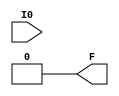
module LUT1(output F, input I0);
	parameter [1:0] INIT = 0;
	assign F = I0 ? INIT[1] : INIT[0];
endmodule

module LUT2(output F, input I0, I1);
	parameter [3:0] INIT = 0;
	wire [ 1: 0] s1 = I1 ? INIT[ 3: 2] : INIT[ 1: 0];
	assign F = I0 ? s1[1] : s1[0];
endmodule

module LUT3(output F, input I0, I1, I2);
	parameter [7:0] INIT = 0;
	wire [ 3: 0] s2 = I2 ? INIT[ 7: 4] : INIT[ 3: 0];
	wire [ 1: 0] s1 = I1 ?   s2[ 3: 2] :   s2[ 1: 0];
	assign F = I0 ? s1[1] : s1[0];
endmodule

module LUT4(output F, input I0, I1, I2, I3);
	parameter [15:0] INIT = 0;
	wire [ 7: 0] s3 = I3 ? INIT[15: 8] : INIT[ 7: 0];
	wire [ 3: 0] s2 = I2 ?   s3[ 7: 4] :   s3[ 3: 0];
	wire [ 1: 0] s1 = I1 ?   s2[ 3: 2] :   s2[ 1: 0];
	assign F = I0 ? s1[1] : s1[0];
endmodule

module DFF (output reg Q, input CLK, D);
	parameter [0:0] INIT = 1'b0;
	initial Q = INIT;
	always @(posedge CLK)
		Q <= D;
endmodule

module DFFN (output reg Q, input CLK, D);
	parameter [0:0] INIT = 1'b0;
	initial Q = INIT;
	always @(negedge CLK)
		Q <= D;
endmodule

module DFFR (output reg Q, input D, CLK, RESET);
	parameter [0:0] INIT = 1'b0;
	initial Q = INIT;
	always @(posedge CLK) begin
        if (RESET)
                Q <= 1'b0;
        else
                Q <= D;
	end
endmodule // DFFR (positive clock edge; synchronous reset)

module VCC(output V);
	assign V = 1;
endmodule

module GND(output G);
	assign G = 0;
endmodule

module IBUF(output O, input I);
	assign O = I;
endmodule

module OBUF(output O, input I);
	assign O = I;
endmodule

module GSR (input GSRI);
	wire GSRO = GSRI;
endmodule

module ALU (input I0, input I1, input I3, input CIN, output COUT, output SUM);
   parameter [3:0] ALU_MODE = 0; // default 0 = ADD
   assign  {COUT, SUM} = CIN + I1 + I0;
endmodule // alu

module RAM16S4 (DO, DI, AD, WRE, CLK);
   parameter WIDTH  = 4;
   parameter INIT_0 = 16'h0000;
   parameter INIT_1 = 16'h0000;
   parameter INIT_2 = 16'h0000;
   parameter INIT_3 = 16'h0000;
   
   input  [WIDTH-1:0] AD;
   input  [WIDTH-1:0] DI;
   output [WIDTH-1:0] DO;
   input 	      CLK;
   input 	      WRE;

   reg [15:0] 	    mem0, mem1, mem2, mem3;
   
   initial begin
      mem0 = INIT_0;
      mem1 = INIT_1;
      mem2 = INIT_2;
      mem3 = INIT_3;	
   end
   
   assign	DO[0] = mem0[AD];
   assign	DO[1] = mem1[AD];
   assign	DO[2] = mem2[AD];
   assign	DO[3] = mem3[AD];
   
   always @(posedge CLK) begin
      if (WRE) begin
	 mem0[AD] <= DI[0];
	 mem1[AD] <= DI[1];
	 mem2[AD] <= DI[2];
	 mem3[AD] <= DI[3];
      end
   end
   
endmodule // RAM16S4


(* blackbox *)
module SDP (DO, DI, BLKSEL, ADA, ADB, WREA, WREB, CLKA, CLKB, CEA, CEB, OCE, RESETA, RESETB);
//1'b0: Bypass mode; 1'b1 Pipeline mode
parameter READ_MODE = 1'b0;
parameter BIT_WIDTH_0 = 32; // 1, 2, 4, 8, 16, 32
parameter BIT_WIDTH_1 = 32; // 1, 2, 4, 8, 16, 32
parameter BLK_SEL = 3'b000;
parameter RESET_MODE = "SYNC";
parameter INIT_RAM_00 = 256'h0000000000000000000000000000000000000000000000000000000000000000;
parameter INIT_RAM_01 = 256'h0000000000000000000000000000000000000000000000000000000000000000;
parameter INIT_RAM_02 = 256'h0000000000000000000000000000000000000000000000000000000000000000;
parameter INIT_RAM_03 = 256'h0000000000000000000000000000000000000000000000000000000000000000;
parameter INIT_RAM_04 = 256'h0000000000000000000000000000000000000000000000000000000000000000;
parameter INIT_RAM_05 = 256'h0000000000000000000000000000000000000000000000000000000000000000;
parameter INIT_RAM_06 = 256'h0000000000000000000000000000000000000000000000000000000000000000;
parameter INIT_RAM_07 = 256'h0000000000000000000000000000000000000000000000000000000000000000;
parameter INIT_RAM_08 = 256'h0000000000000000000000000000000000000000000000000000000000000000;
parameter INIT_RAM_09 = 256'h0000000000000000000000000000000000000000000000000000000000000000;
parameter INIT_RAM_0A = 256'h0000000000000000000000000000000000000000000000000000000000000000;
parameter INIT_RAM_0B = 256'h0000000000000000000000000000000000000000000000000000000000000000;
parameter INIT_RAM_0C = 256'h0000000000000000000000000000000000000000000000000000000000000000;
parameter INIT_RAM_0D = 256'h0000000000000000000000000000000000000000000000000000000000000000;
parameter INIT_RAM_0E = 256'h0000000000000000000000000000000000000000000000000000000000000000;
parameter INIT_RAM_0F = 256'h0000000000000000000000000000000000000000000000000000000000000000;
parameter INIT_RAM_10 = 256'h0000000000000000000000000000000000000000000000000000000000000000;
parameter INIT_RAM_11 = 256'h0000000000000000000000000000000000000000000000000000000000000000;
parameter INIT_RAM_12 = 256'h0000000000000000000000000000000000000000000000000000000000000000;
parameter INIT_RAM_13 = 256'h0000000000000000000000000000000000000000000000000000000000000000;
parameter INIT_RAM_14 = 256'h0000000000000000000000000000000000000000000000000000000000000000;
parameter INIT_RAM_15 = 256'h0000000000000000000000000000000000000000000000000000000000000000;
parameter INIT_RAM_16 = 256'h0000000000000000000000000000000000000000000000000000000000000000;
parameter INIT_RAM_17 = 256'h0000000000000000000000000000000000000000000000000000000000000000;
parameter INIT_RAM_18 = 256'h0000000000000000000000000000000000000000000000000000000000000000;
parameter INIT_RAM_19 = 256'h0000000000000000000000000000000000000000000000000000000000000000;
parameter INIT_RAM_1A = 256'h0000000000000000000000000000000000000000000000000000000000000000;
parameter INIT_RAM_1B = 256'h0000000000000000000000000000000000000000000000000000000000000000;
parameter INIT_RAM_1C = 256'h0000000000000000000000000000000000000000000000000000000000000000;
parameter INIT_RAM_1D = 256'h0000000000000000000000000000000000000000000000000000000000000000;
parameter INIT_RAM_1E = 256'h0000000000000000000000000000000000000000000000000000000000000000;
parameter INIT_RAM_1F = 256'h0000000000000000000000000000000000000000000000000000000000000000;
parameter INIT_RAM_20 = 256'h0000000000000000000000000000000000000000000000000000000000000000;
parameter INIT_RAM_21 = 256'h0000000000000000000000000000000000000000000000000000000000000000;
parameter INIT_RAM_22 = 256'h0000000000000000000000000000000000000000000000000000000000000000;
parameter INIT_RAM_23 = 256'h0000000000000000000000000000000000000000000000000000000000000000;
parameter INIT_RAM_24 = 256'h0000000000000000000000000000000000000000000000000000000000000000;
parameter INIT_RAM_25 = 256'h0000000000000000000000000000000000000000000000000000000000000000;
parameter INIT_RAM_26 = 256'h0000000000000000000000000000000000000000000000000000000000000000;
parameter INIT_RAM_27 = 256'h0000000000000000000000000000000000000000000000000000000000000000;
parameter INIT_RAM_28 = 256'h0000000000000000000000000000000000000000000000000000000000000000;
parameter INIT_RAM_29 = 256'h0000000000000000000000000000000000000000000000000000000000000000;
parameter INIT_RAM_2A = 256'h0000000000000000000000000000000000000000000000000000000000000000;
parameter INIT_RAM_2B = 256'h0000000000000000000000000000000000000000000000000000000000000000;
parameter INIT_RAM_2C = 256'h0000000000000000000000000000000000000000000000000000000000000000;
parameter INIT_RAM_2D = 256'h0000000000000000000000000000000000000000000000000000000000000000;
parameter INIT_RAM_2E = 256'h0000000000000000000000000000000000000000000000000000000000000000;
parameter INIT_RAM_2F = 256'h0000000000000000000000000000000000000000000000000000000000000000;
parameter INIT_RAM_30 = 256'h0000000000000000000000000000000000000000000000000000000000000000;
parameter INIT_RAM_31 = 256'h0000000000000000000000000000000000000000000000000000000000000000;
parameter INIT_RAM_32 = 256'h0000000000000000000000000000000000000000000000000000000000000000;
parameter INIT_RAM_33 = 256'h0000000000000000000000000000000000000000000000000000000000000000;
parameter INIT_RAM_34 = 256'h0000000000000000000000000000000000000000000000000000000000000000;
parameter INIT_RAM_35 = 256'h0000000000000000000000000000000000000000000000000000000000000000;
parameter INIT_RAM_36 = 256'h0000000000000000000000000000000000000000000000000000000000000000;
parameter INIT_RAM_37 = 256'h0000000000000000000000000000000000000000000000000000000000000000;
parameter INIT_RAM_38 = 256'h0000000000000000000000000000000000000000000000000000000000000000;
parameter INIT_RAM_39 = 256'h0000000000000000000000000000000000000000000000000000000000000000;
parameter INIT_RAM_3A = 256'h0000000000000000000000000000000000000000000000000000000000000000;
parameter INIT_RAM_3B = 256'h0000000000000000000000000000000000000000000000000000000000000000;
parameter INIT_RAM_3C = 256'h0000000000000000000000000000000000000000000000000000000000000000;
parameter INIT_RAM_3D = 256'h0000000000000000000000000000000000000000000000000000000000000000;
parameter INIT_RAM_3E = 256'h0000000000000000000000000000000000000000000000000000000000000000;
parameter INIT_RAM_3F = 256'h0000000000000000000000000000000000000000000000000000000000000000;

input CLKA, CEA, CLKB, CEB;
input OCE; // clock enable of memory output register
input RESETA, RESETB; // resets output registers, not memory contents
input WREA, WREB; // 1'b0: read enabled; 1'b1: write enabled
input [13:0] ADA, ADB;
input [31:0] DI;
input [2:0] BLKSEL;
output [31:0] DO;

endmodule